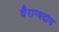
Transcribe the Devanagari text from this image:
वैराग्यदाय